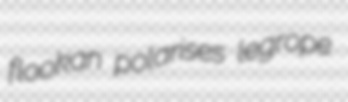
flookan polarises legrope